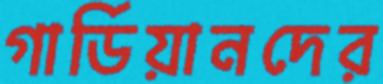
গার্ডিয়ানদের